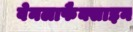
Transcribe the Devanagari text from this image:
वेनलाफैक्साइन